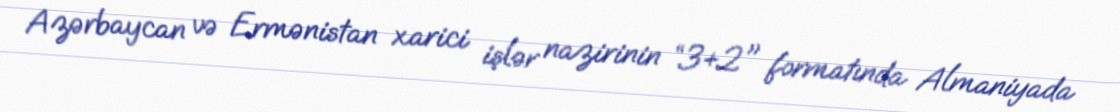
Azərbaycan və Ermənistan xarici işlər nazirinin “3+2" formatında Almaniyada